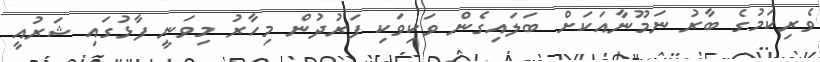
ވެރިކަމުގެ ބާރު ނަމޫނާއަކަށް ބަލައިގެން ވަކިވަކި ފަރުދުން މިހާރު މިވަނީ ފާޅުގައި ޝަރުއީ